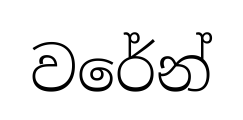
වරේන්